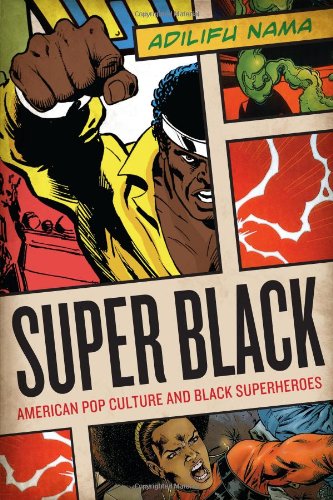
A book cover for Super Black: American Pop Culture and Black Superheroes; Adilifu Nama; Comics & Graphic Novels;